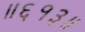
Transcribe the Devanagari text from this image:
॥६१३॥